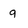
Character: g